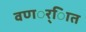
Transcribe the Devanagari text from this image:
वणर््िात